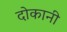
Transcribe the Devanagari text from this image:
दोकानी